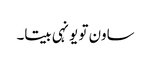
ساون تو یونہی بیتا۔